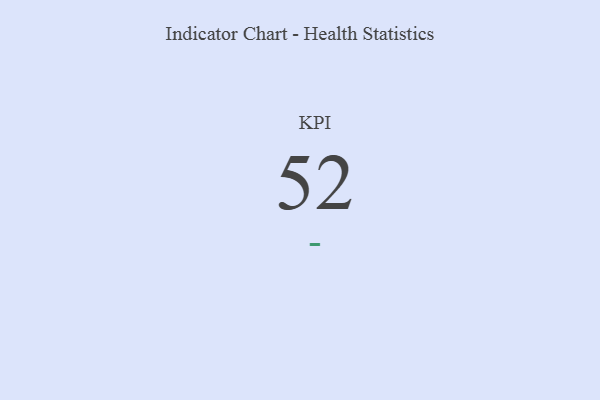
{"axis": {"x": "KPI", "y": "Value"}, "legend": [""], "data": [{"x": "KPI", "y": 52, "type": ""}]}